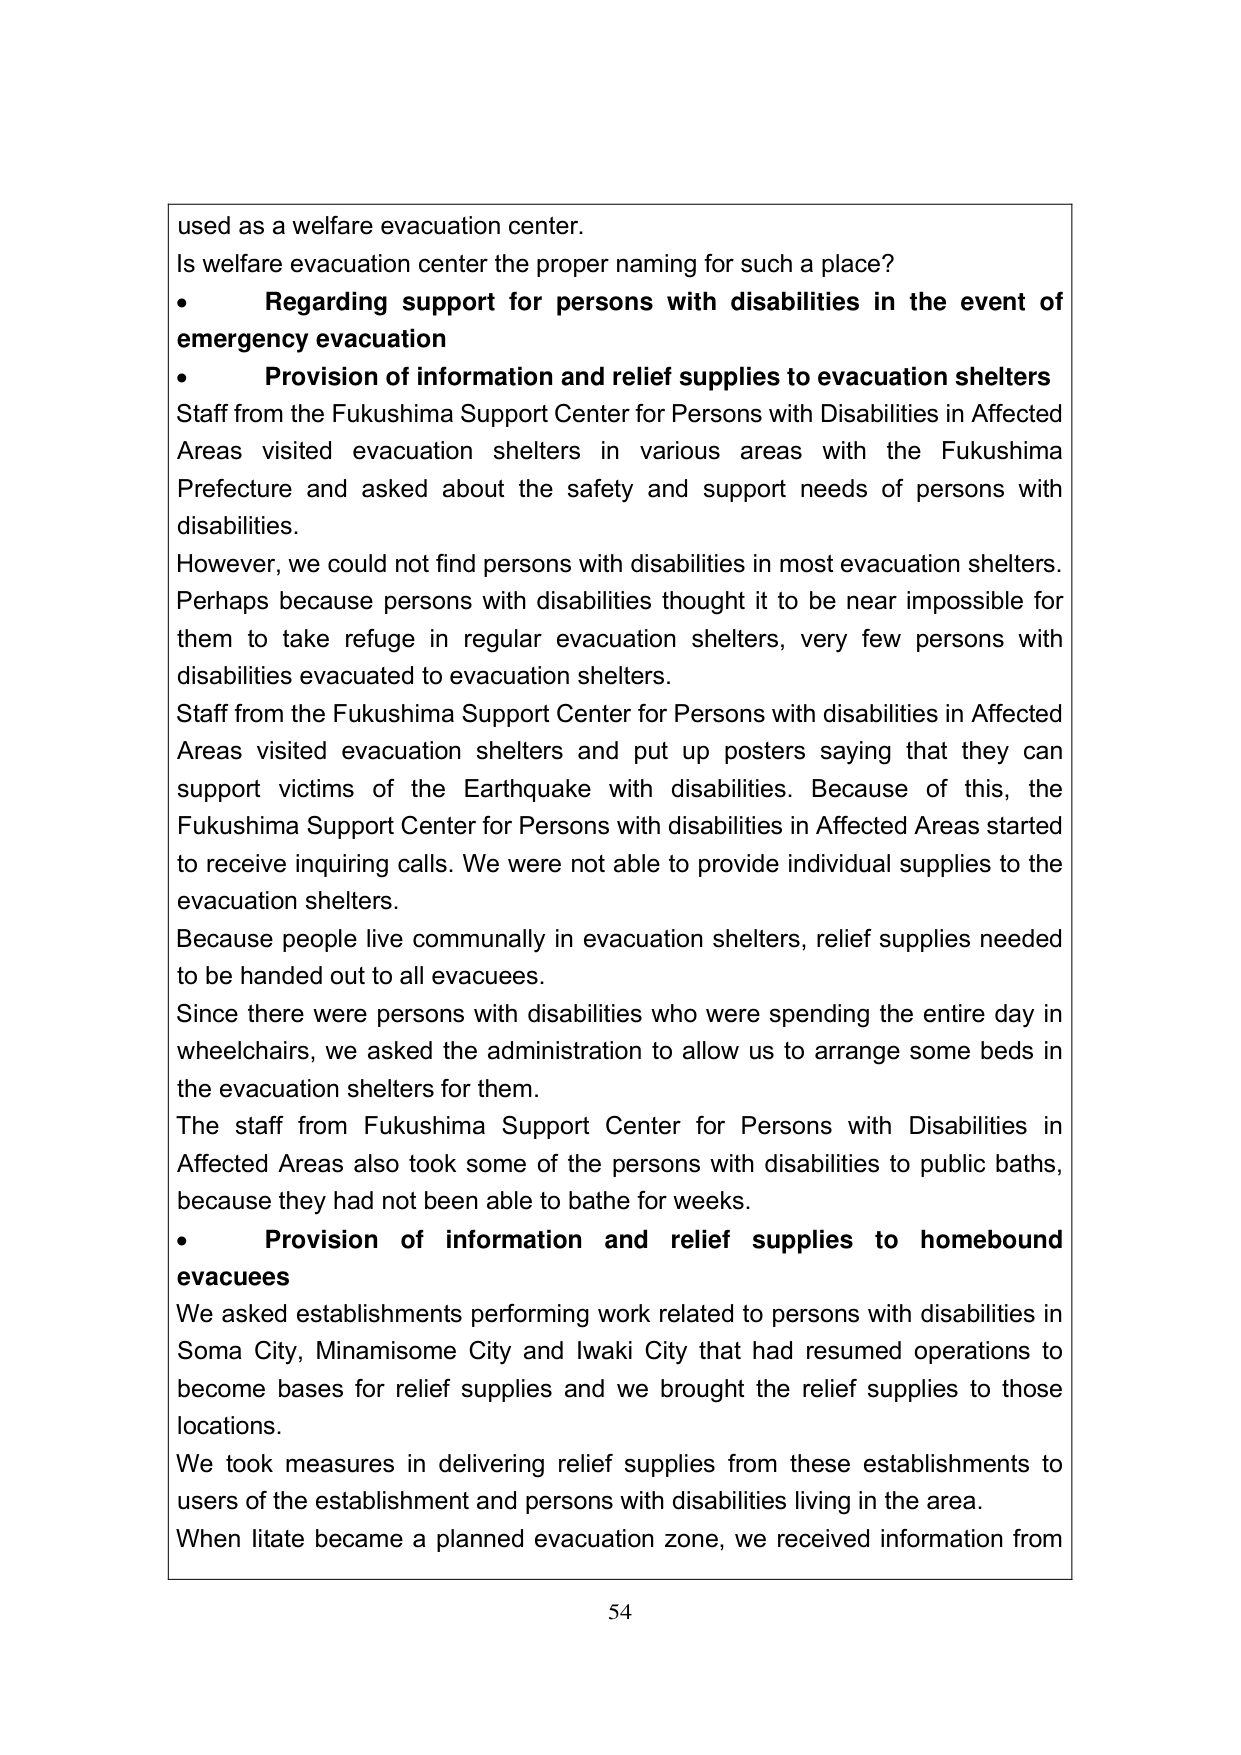
used as a welfare evacuation center.
Is welfare evacuation center the proper naming for such a place?
• Regarding support for persons with disabilities in the event of emergency evacuation
• Provision of information and relief supplies to evacuation shelters
Staff from the Fukushima Support Center for Persons with Disabilities in Affected Areas visited evacuation shelters in various areas with the Fukushima Prefecture and asked about the safety and support needs of persons with disabilities.
However, we could not find persons with disabilities in most evacuation shelters. Perhaps because persons with disabilities thought it to be near impossible for them to take refuge in regular evacuation shelters, very few persons with disabilities evacuated to evacuation shelters.
Staff from the Fukushima Support Center for Persons with disabilities in Affected Areas visited evacuation shelters and put up posters saying that they can support victims of the Earthquake with disabilities. Because of this, the Fukushima Support Center for Persons with disabilities in Affected Areas started to receive inquiring calls. We were not able to provide individual supplies to the evacuation shelters.
Because people live communally in evacuation shelters, relief supplies needed to be handed out to all evacuees.
Since there were persons with disabilities who were spending the entire day in wheelchairs, we asked the administration to allow us to arrange some beds in the evacuation shelters for them.
The staff from Fukushima Support Center for Persons with Disabilities in Affected Areas also took some of the persons with disabilities to public baths, because they had not been able to bathe for weeks.
• Provision of information and relief supplies to homebound evacuees
We asked establishments performing work related to persons with disabilities in Soma City, Minamisome City and Iwaki City that had resumed operations to become bases for relief supplies and we brought the relief supplies to those locations.
We took measures in delivering relief supplies from these establishments to users of the establishment and persons with disabilities living in the area.
When Iitate became a planned evacuation zone, we received information from
54